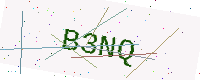
Text: B3NQ